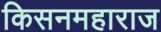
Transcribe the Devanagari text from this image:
किसनमहाराज